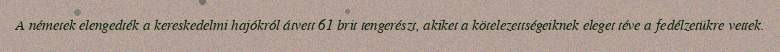
A németek elengedték a kereskedelmi hajókról átvett 61 brit tengerészt, akiket a kötelezettségeiknek eleget téve a fedélzetükre vettek.